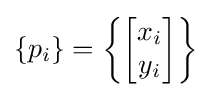
\left\{p_{i}\right\}=\left\{{\begin{bmatrix}x_{i}\\y_{i}\end{bmatrix}}\right\}